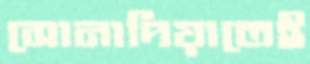
সোনাদিয়াতেই